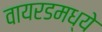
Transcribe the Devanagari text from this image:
वायरडमध्ये